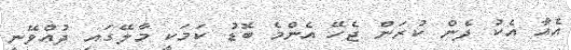
އެއާ އެކު ދެން ކުރަން ޖެހޭ އެންމެ ބޮޑު ކަމަކީ މާލޭގައި ދުއްވޭނީ